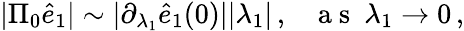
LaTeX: \begin{array}{r}{\vert\Pi_{0}\hat{e}_{1}\vert\sim\vert\partial_{\lambda_{1}}\hat{e}_{1}(0)\vert\vert\lambda_{1}\vert\, ,~~~\mathrm{~a~s~}~\lambda_{1}\rightarrow 0\, ,}\end{array}